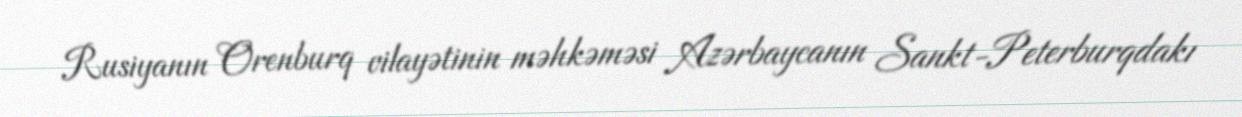
Rusiyanın Orenburq vilayətinin məhkəməsi Azərbaycanın Sankt-Peterburqdakı